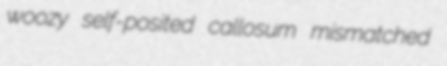
woozy self-posited callosum mismatched